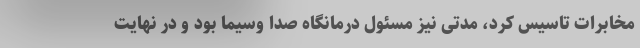
مخابرات تاسیس کرد، مدتی نیز مسئول درمانگاه صدا وسیما بود و در نهایت